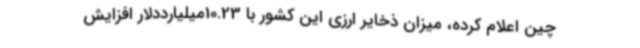
چین اعلام کرده، میزان ذخایر ارزی این کشور با 10.23میلیارددلار افزایش